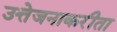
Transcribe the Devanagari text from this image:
उत्तेजनाकरीता